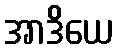
အာဒိယေ